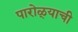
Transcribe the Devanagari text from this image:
पारोळ्याची